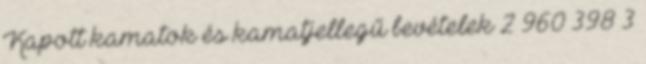
Kapott kamatok és kamatjellegű bevételek 2 960 398 3